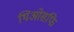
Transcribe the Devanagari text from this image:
थिओसफि